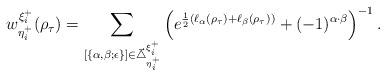
LaTeX: \begin{align*}w^{\xi^+_i}_{\eta^+_i}(\rho_\tau)&=\sum_{[\{\alpha,\beta;\epsilon\}]\in\vec{\triangle}^{\xi^+_i}_{\eta^+_i}}\left(e^{\frac{1}{2}(\ell_{\alpha}(\rho_\tau)+\ell_{\beta}(\rho_\tau))}+(-1)^{\alpha\cdot\beta}\right)^{-1}.\end{align*}